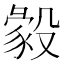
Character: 𣪴